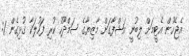
އެޖެހުން އެޓީމަށް ލިބުނީ އަޝްފާގަށް މާޒިޔާގެ ސަމްދޫހު ކުރި ފަހުލަކާ ގުޅިގެން 1: